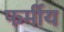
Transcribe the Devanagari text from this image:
फर्मीय